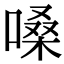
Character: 嗓